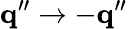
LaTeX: {\mathbf q}^{\prime\prime}\to-{\mathbf q}^{\prime\prime}